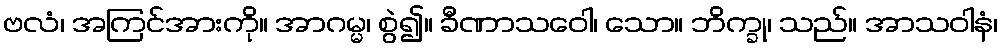
ဗလံ၊ အကြင်အားကို။ အာဂမ္မ၊ စွဲ၍။ ခီဏာသဝေါ၊ သော။ ဘိက္ခု၊ သည်။ အာသဝါနံ၊